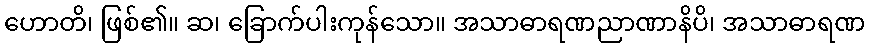
ဟောတိ၊ ဖြစ်၏။ ဆ၊ ခြောက်ပါးကုန်သော။ အသာဓာရဏညာဏာနိပိ၊ အသာဓာရဏ